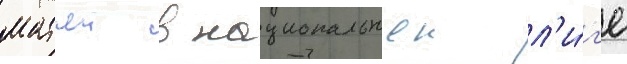
матчеи в национальнои л'и́г'е